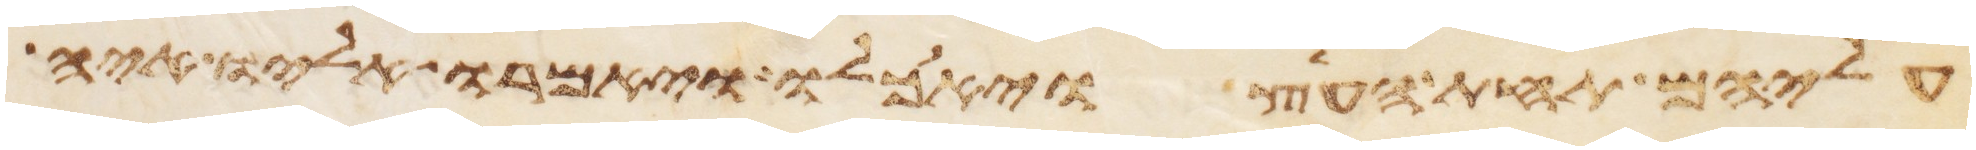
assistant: עליהם תחת העץ ויאכלו ויאמרו אליו איה